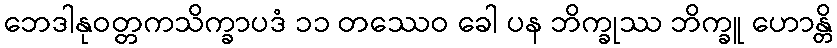
ဘေဒါနုဝတ္တကသိက္ခာပဒံ ၁၁ တဿေဝ ခေါ ပန ဘိက္ခုဿ ဘိက္ခူ ဟောန္တိ